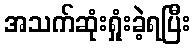
အသက်ဆုံးရှုံးခဲ့ရပြီး